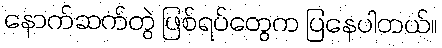
နောက်ဆက်တွဲ ဖြစ်ရပ်တွေက ပြနေပါတယ်။